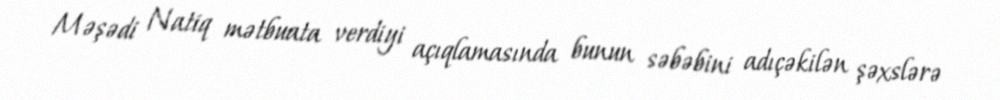
Məşədi Natiq mətbuata verdiyi açıqlamasında bunun səbəbini adıçəkilən şəxslərə